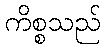
ကိစ္စသည်